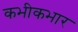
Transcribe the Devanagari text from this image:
कभीकभार